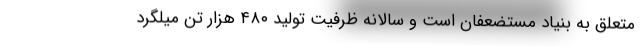
متعلق به بنیاد مستضعفان است و سالانه ظرفیت تولید ۴۸۰ هزار تن میلگرد